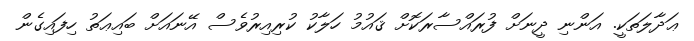
ޢަދާލަތަކީ. އަންނި ދީނަށް ފުރައްސާރަކޮށް ޤައުމު ހަލާކު ކުރިއިރުވެސް އޭނައަށް ބައިޢަތު ހިފައިގެން